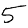
Digit: 5